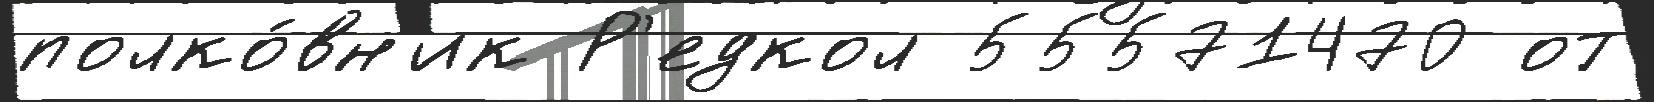
полко́вн'ик Р'едкол 55571470 от